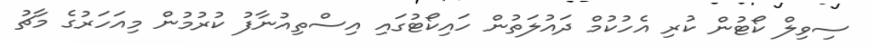
ސިވިލް ކޯޓުން ކުރި އެހުކުމް ދައުލަތުން ހައިކޯޓުގައި އިސްތިއުނާފު ކުރުމުން މިއަހަރުގެ މާޗު